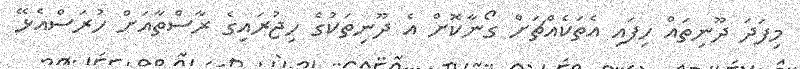
މިފަދަ ދޫނިތައް ހިފައި އެތަކެއްޗަށް ގޯނާކޮށް އެ ދޫނިތަކުގެ ހިޖުރައިގެ ރާސްތާއަށް ހުރަސްއެޅޭ